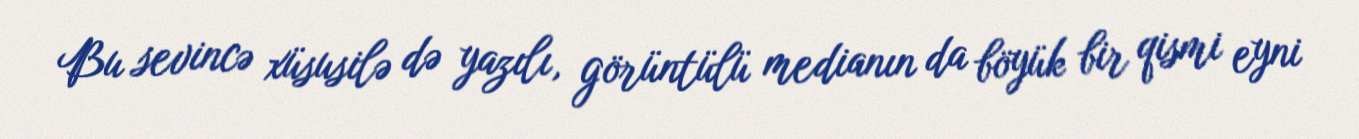
Bu sevincə xüsusilə də yazılı, görüntülü medianın da böyük bir qismi eyni